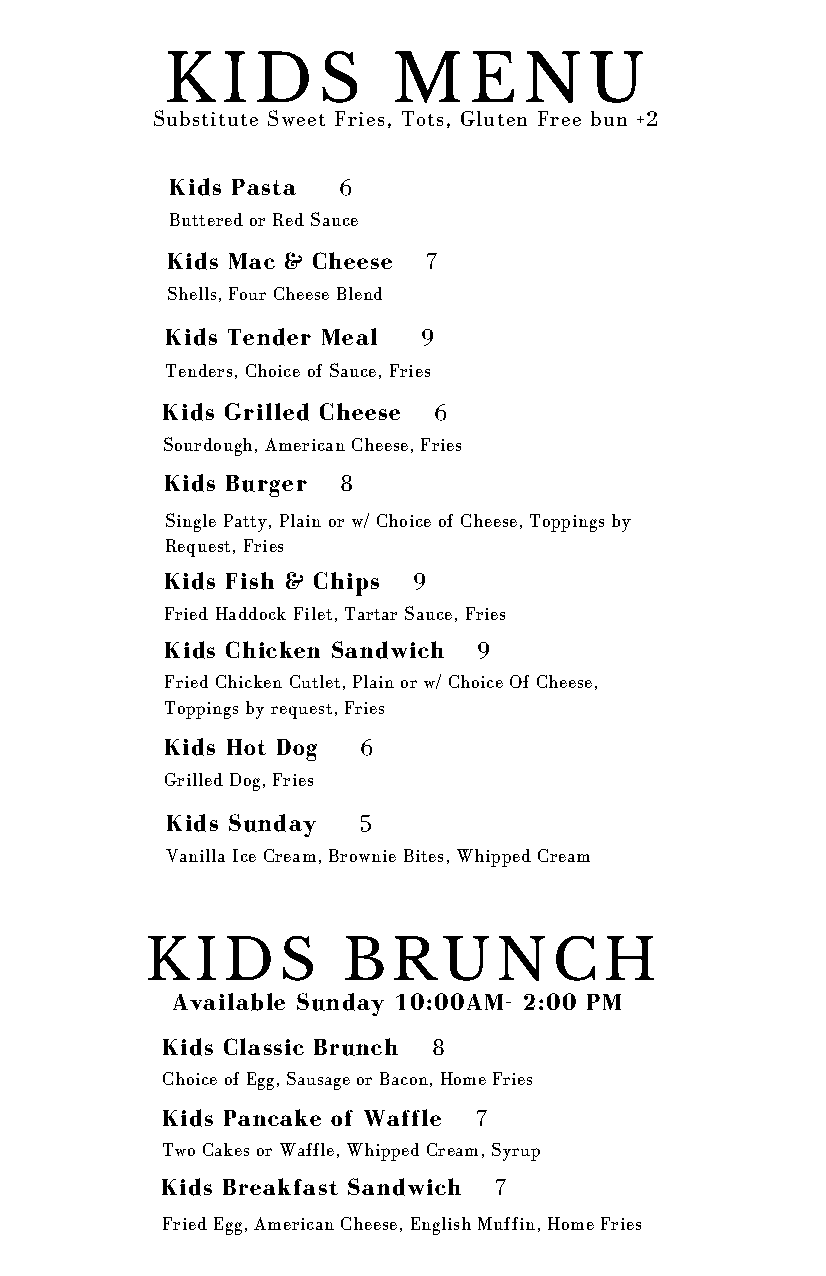
KIDS           MENU
 Substitute Sweet Fries, Tots, Gluten Free bun +2
 Kids Pasta 6
 Buttered or Red Sauce
 Kids Mac & Cheese 7
 Shells, Four Cheese Blend
 Kids Tender Meal 9
 Tenders, Choice of Sauce, Fries
 Kids Grilled Cheese 6
 Sourdough, American Cheese, Fries
 Kids Burger 8
 Single Patty, Plain or w/ Choice of Cheese, Toppings by
 Request, Fries
 Kids Fish & Chips 9
 Fried Haddock Filet, Tartar Sauce, Fries
 Kids Chicken Sandwich 9
 Fried Chicken Cutlet, Plain or w/ Choice Of Cheese,
 Toppings by request, Fries
 Kids Hot Dog 6
 Grilled Dog, Fries
 Kids Sunday  5
 Vanilla Ice Cream, Brownie Bites, Whipped Cream
 KIDS         BRUNCH
 Available Sunday 10:00AM- 2:00 PM
 Kids Classic Brunch 8
 Choice of Egg, Sausage or Bacon, Home Fries
 Kids Pancake of Waffle 7
 Two Cakes or Waffle, Whipped Cream, Syrup
 Kids Breakfast Sandwich 7
 Fried Egg, American Cheese, English Muffin, Home Fries